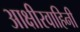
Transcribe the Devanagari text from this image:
आक्षीरवाहिनी